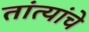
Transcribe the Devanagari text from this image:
तांत्यांचे